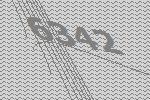
6342